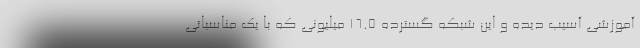
آموزشی آسیب دیده و این شبکه گسترده ۱۶.۵ میلیونی که با یک مناسباتی